Bréfritari: Soffía Daníelsdóttir
Viðtakandi: Jakobína Magnúsdóttir og Daníel Halldórsson
Dagsetning: A-1902-01-26
Skrifað á: Skeggjastöðum  N-Múl.
Soffía var dóttir Jakobínu og Daníels

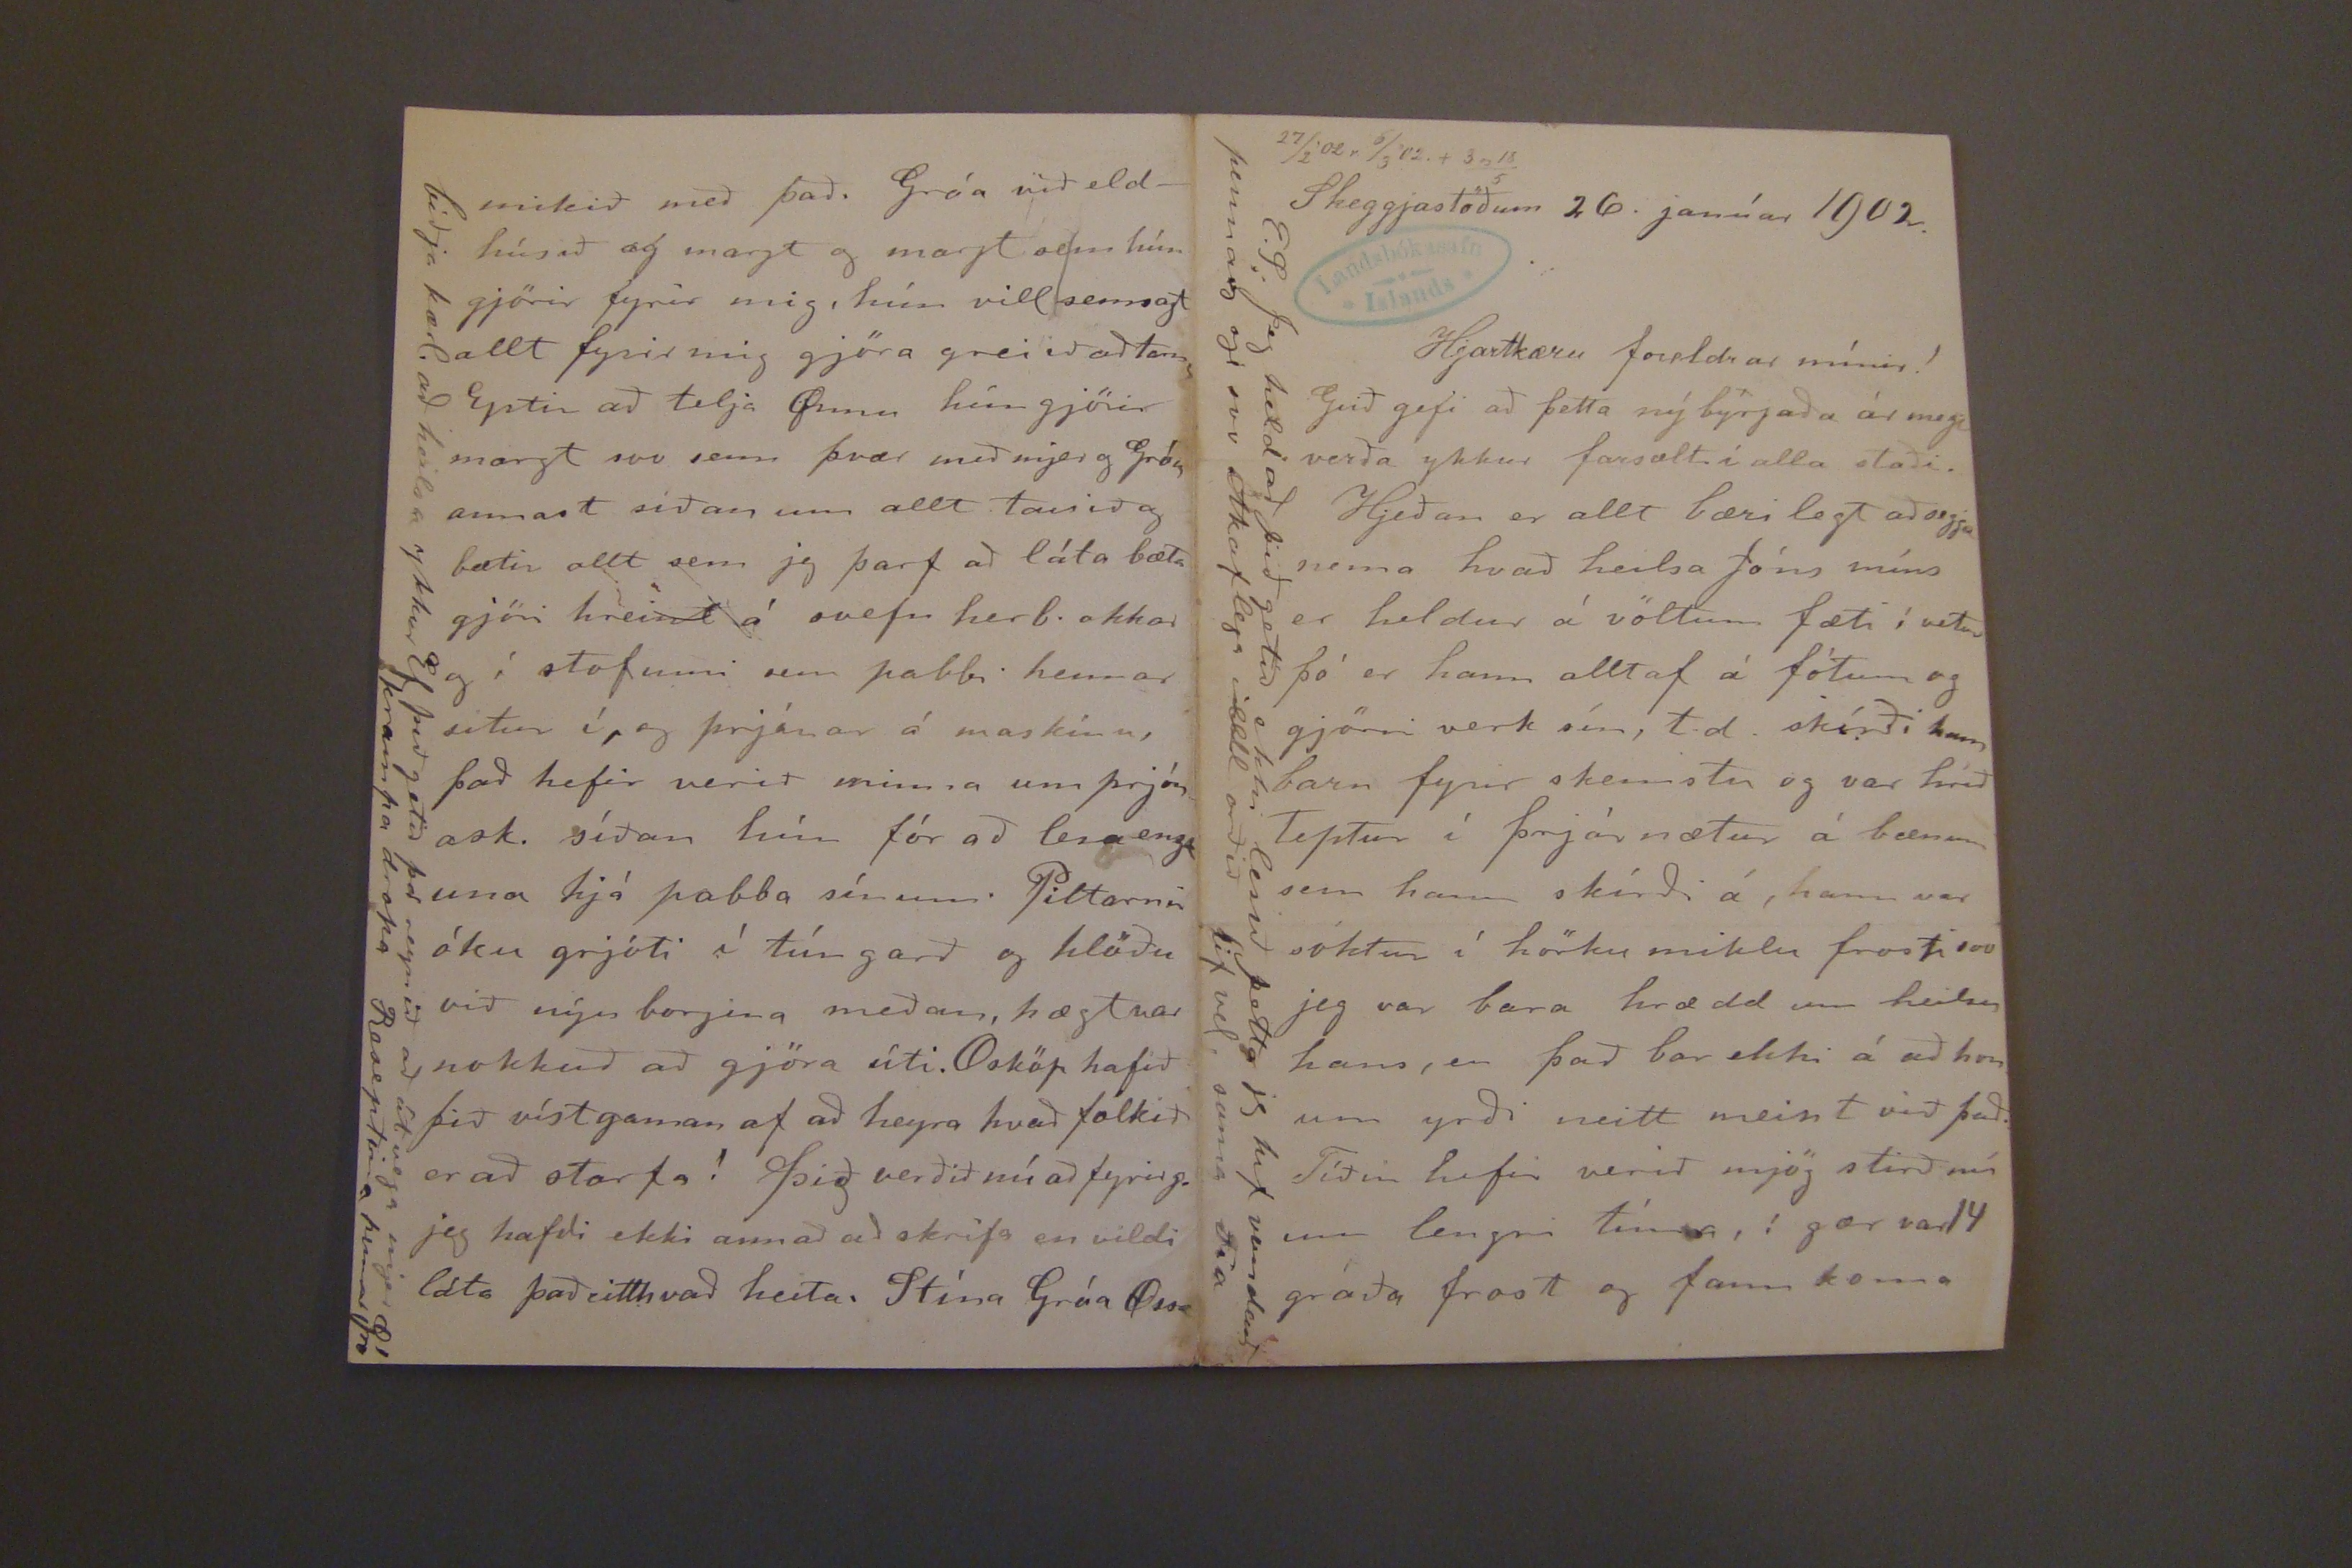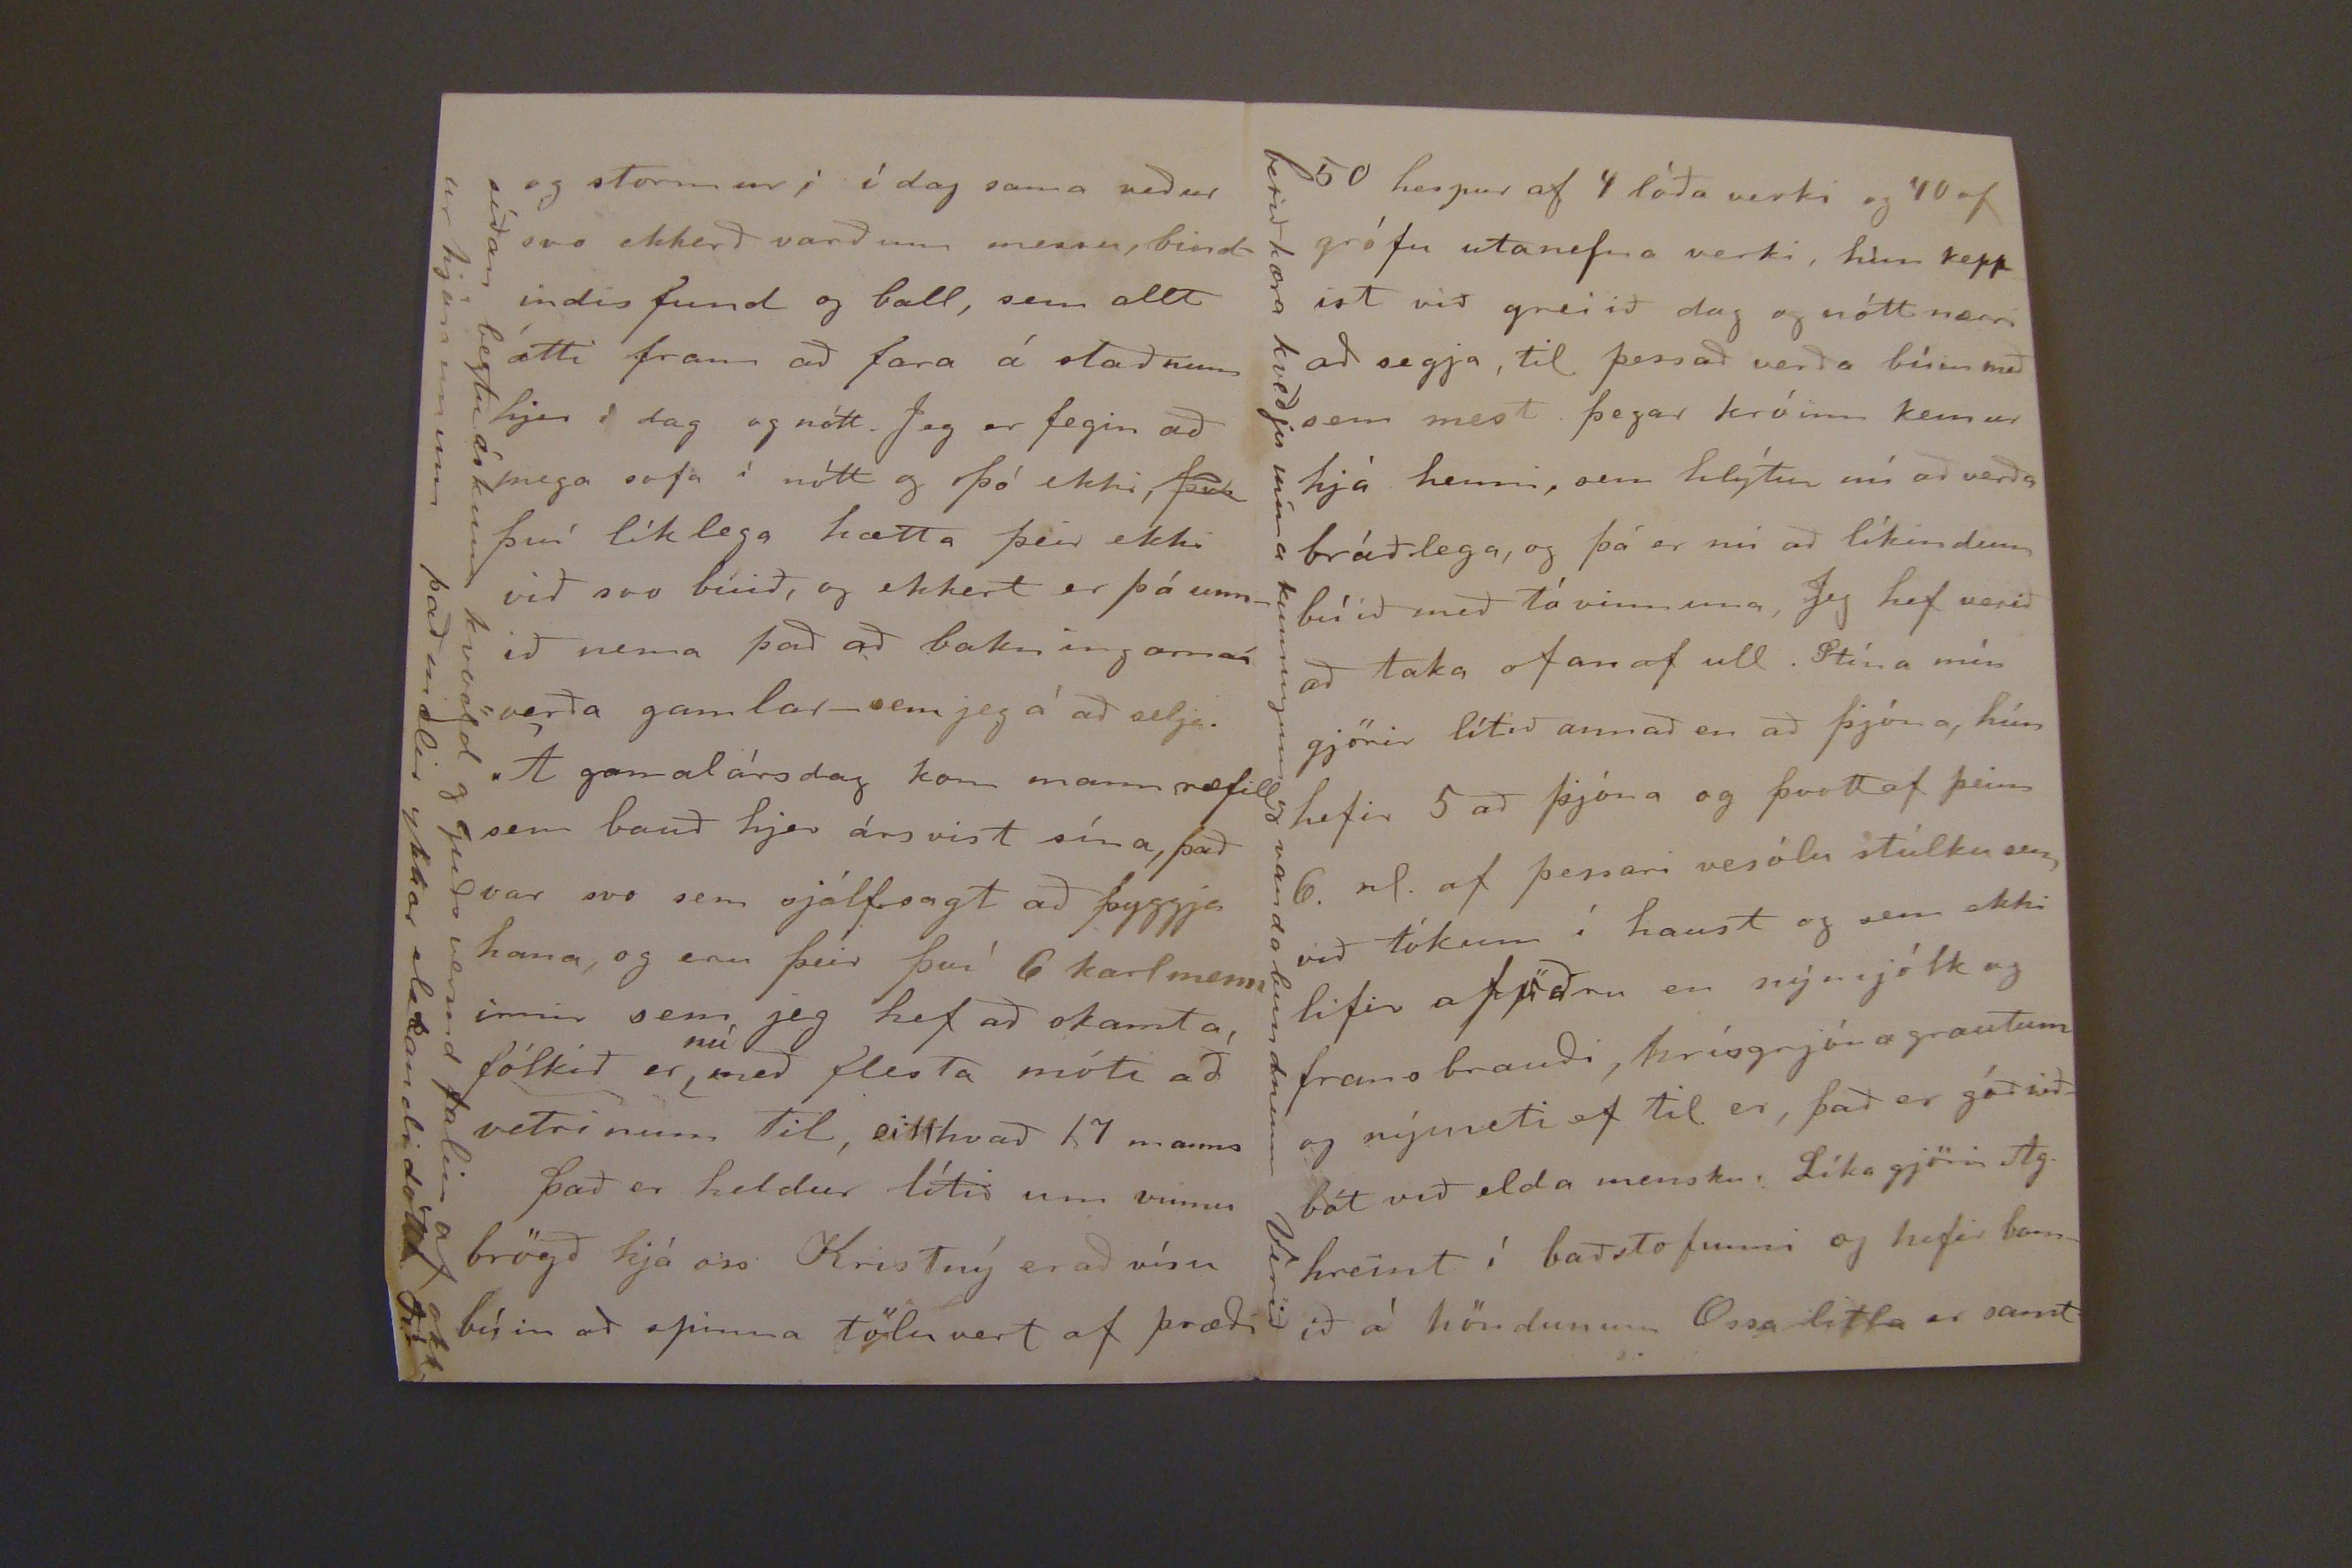

27/2'02.r 6/3'02. + 3 og 18/5
Skeggjastöðum 26. janúar 1902.
Hjartkæru foreldrar mínir!
Guð gefi að þetta ný byrjaða ár megi verða ykkur farsælt í alla staði.
Hjeðan er allt bærilegt að segja nema hvað heilsa Jóns míns er heldur á völtum fæti í vetur þó er hann alltaf á fótum og gjörri verk sín, t.d. skírði hann barn fyrir skemstu og var hríð TepTur í þrjár nætur á bænum sem hann skírði á, hann var sóktur í hörku miklu frosti svo jeg var bara hrædd um heilsu hans, en það bar ekki á að honum yrði neitt meint við það. Tíðin hefir verið mjög stirð nú um lengri tíma, í gær var 14 gráða frost og fann koma
E.S. Jeg held að þið getið ekki lesið þetta jeg hef vandað þennan sje svo Ákaflega ill orðið lif vel sama Fía
og stormur; í dag sama veður svo ekkerð varð um messu bindindis fund og ball, sem allt átti fram að fara á staðnum hjer í dag og nótt. Jeg er fegin að mega sofa í nótt og þó ekki,
þvi
því líklega hætta þeir ekki við svo búið, og ekkert er þá unnið nema það að bakningarnar verða gamlar-sem jeg á að sela.
Á gamalársdag kom mannræfill sem bauð hjer ársvist sína, það var svo sem sjálfsagt að þyggja hana, og eru þeir því 6 karlmenn irnir sem jeg hef að skamta, fólkið er
nú
með festa móti að vetrinum til, eitthvað 17 manns
það er heldur lítið um vinnu brögð hjá oss Kristný er að vísu búin að spinna töluvert af þræði
síðan beztu óskum kvödd og guðs vermd talin af okkur hjónunum það mælir ykkar elskandi dótt Fía
mikið með það. Gróa við eldhúsið og margt og margt sem hún gjörir fyrir mig, hún vill semsagt allt fyrir mig göra greiið að
tam
Eptir að telja Annu hún gjörir margt svo se þvær með mjer og Gróu annast síðan um allt tauið og bætir allt sem jeg þarf að láta bæta gjöri hreint á svefn herb. okkar og í stofunni sem pabbi hennar situr í, og prjónar á maskínu, að hefir verið minna um prjón ask. síðan hún fór að lesa
enguna
hjá pabba sínum. Piltarnir óku grjóti í tún garð og hlöðu við nýu borgina meðan, hægt var nokkuð að gjöra úti. Osköp hafið þið víst gaman af að heyra hvað fólkið er að starfa! þið verðið nú að fyrirg. jeg hafði ekki annað að skrifa en vildi láta það eitthvað heita. Stína Gróa Æssa
biðja kærl. að heilsa ykkur Ef þið getið þá reynið að útvega mjer krampa dropoa Reseptina hennar Gró
50 hespur af 4 lóða verki og 40 af grófu utanefna verki, hún kepp ist við greiið dag og nótt nærri að segja, til þess að verða búin með sem mest þegar króinn kemur hjá henni, sem hlýtur nú að verða bráðlega, og þá er nú að líkindum búið með tó vinnuna, Jeg hef verið að taka ofan af ull. Stína mín gjörir lítið annað en að þjóna, hún hefir 5 að þjóna og þvott af þeim 6. nl. af þessari vesölu stúlku sem við tökum í haust og sem ekki lifir af öðru en nýmjólk og frans brauði, hrísgrjónagrautum og nýmeti ef til er, það er góð viðbót við elda mensku. Líka gjörir Ag. hreint í baðstofunni og hefir barnið á höndunum Æssa litla er samt
berið kæra kveðju mína kunnugum og vanda bundnum Verið